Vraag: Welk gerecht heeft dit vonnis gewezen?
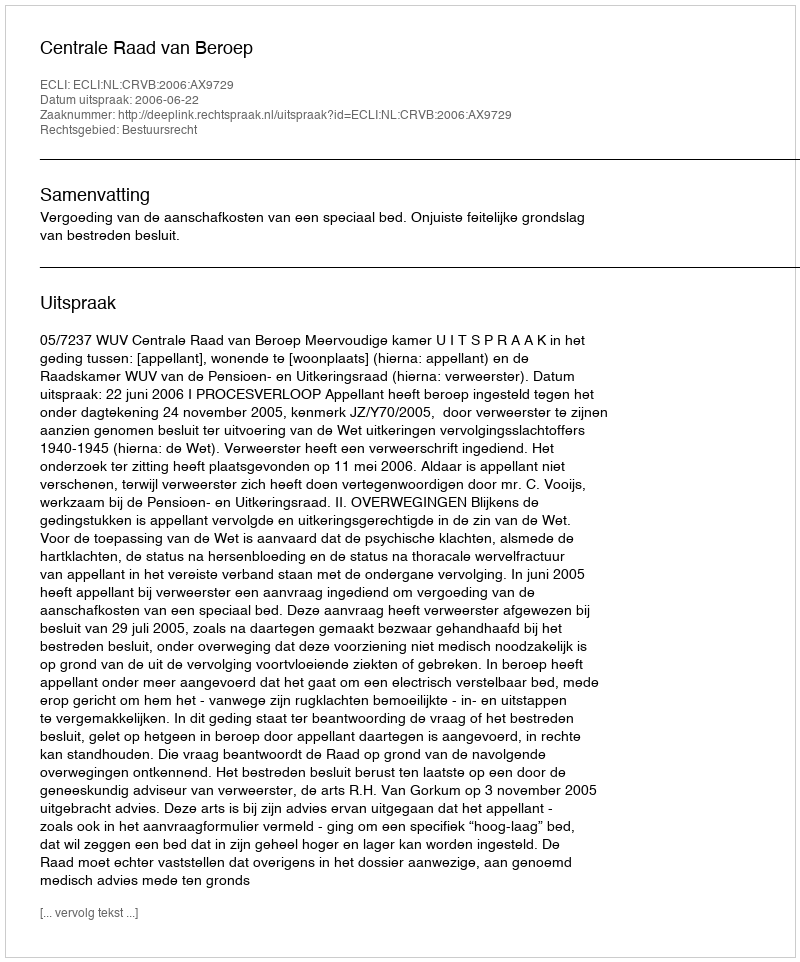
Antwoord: Centrale Raad van Beroep